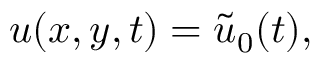
{ u } ( x , y , t ) = \tilde { u } _ { 0 } ( t ) ,